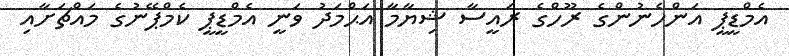
އެމްޑީޕީ އަންހެނުންގެ ރޫހްގެ ރައީސާ ޝިޔާމާ އަޙްމަދު ވަނީ އެމްޑީޕީ ކެމްޕޭނުގެ މައްޗަށާއި